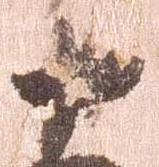
十